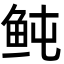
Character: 鲀